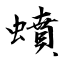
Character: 蟦